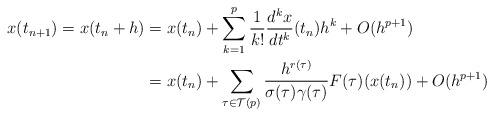
LaTeX: \begin{align*} x(t_{n+1}) = x(t_n+h) &= x(t_n) + \sum_{k=1}^{p} \frac{1}{k!} \frac{d^k x}{dt^k}(t_n) h^k + O(h^{p+1}) \\&= x(t_n) + \sum_{\tau \in \mathcal{T}(p)} \frac{h^{r(\tau)}}{\sigma(\tau) \gamma(\tau)} F(\tau)(x(t_n)) + O(h^{p+1})\end{align*}